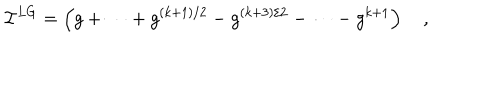
{ \cal I } ^ { L G } = \left( g + \cdots + g ^ { ( k + 1 ) / 2 } - g ^ { ( k + 3 ) / 2 } - \cdots - g ^ { k + 1 } \right) \quad ,